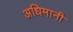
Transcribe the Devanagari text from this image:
अधिमानी